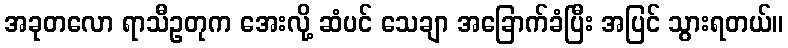
အခုတလော ရာသီဥတုက အေးလို့ ဆံပင် သေချာ အခြောက်ခံပြီး အပြင် သွားရတယ်။